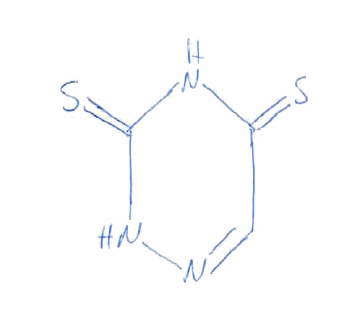
Simplified molecular-input line-entry system (SMILES) notation of the given molecule:
C1=NNC(=S)NC1=S